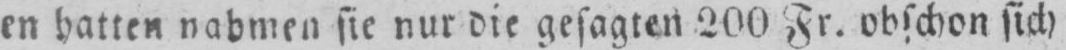
en hatten nahmen sie nur die gesagten 200 Fr. obschon sich